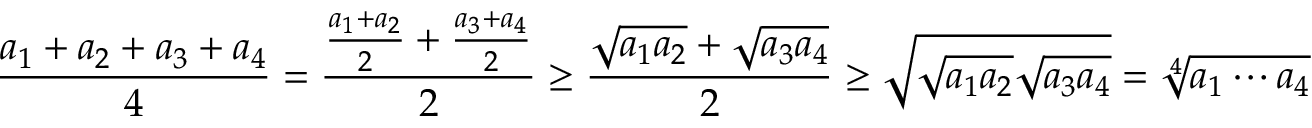
\frac { a _ { 1 } + a _ { 2 } + a _ { 3 } + a _ { 4 } } { 4 } = \frac { \frac { a _ { 1 } + a _ { 2 } } { 2 } + \frac { a _ { 3 } + a _ { 4 } } { 2 } } { 2 } \geq \frac { \sqrt { a _ { 1 } a _ { 2 } } + \sqrt { a _ { 3 } a _ { 4 } } } { 2 } \geq \sqrt { \sqrt { a _ { 1 } a _ { 2 } } \sqrt { a _ { 3 } a _ { 4 } } } = \sqrt [ 4 ] { a _ { 1 } \cdots a _ { 4 } }